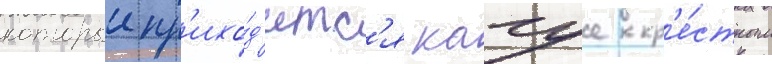
которыи пр'ихо́д'итс'я кагуе кр'е́стным